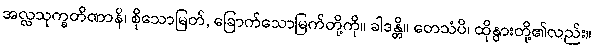
အလ္လသုက္ခတိဏာနိ၊ စိုသောမြတ်, ခြောက်သောမြက်တို့ကို။ ခါဒန္တိ။ တေသံပိ၊ ထိုနွားတို့၏လည်း။